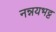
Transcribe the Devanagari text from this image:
नन्नयभट्ट